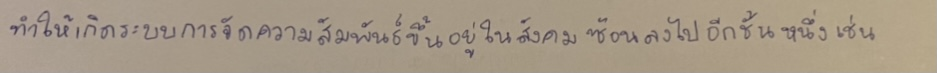
ทำให้เกิดระบบการจัดความสัมพันธ์ขึ้นอยู่ในสังคมซ้อนลงไปอีกชั้นหนึ่งเช่น